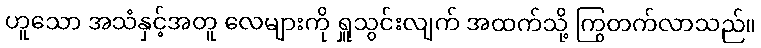
ဟူသော အသံနှင့်အတူ လေများကို ရှူသွင်းလျက် အထက်သို့ ကြွတက်လာသည်။